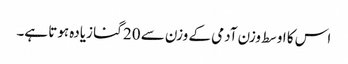
اس کا اوسط وزن آدمی کے وزن سے 20 گنا زیادہ ہوتا ہے۔